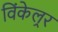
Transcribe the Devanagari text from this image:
विंकेल्रर